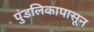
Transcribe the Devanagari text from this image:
पुंडलिकापासून